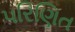
પરિણિત